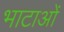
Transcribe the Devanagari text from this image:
भाटाओं